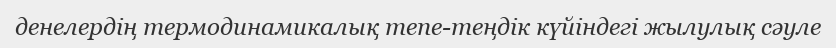
денелердің термодинамикалық тепе-теңдік күйіндегі жылулық сәуле